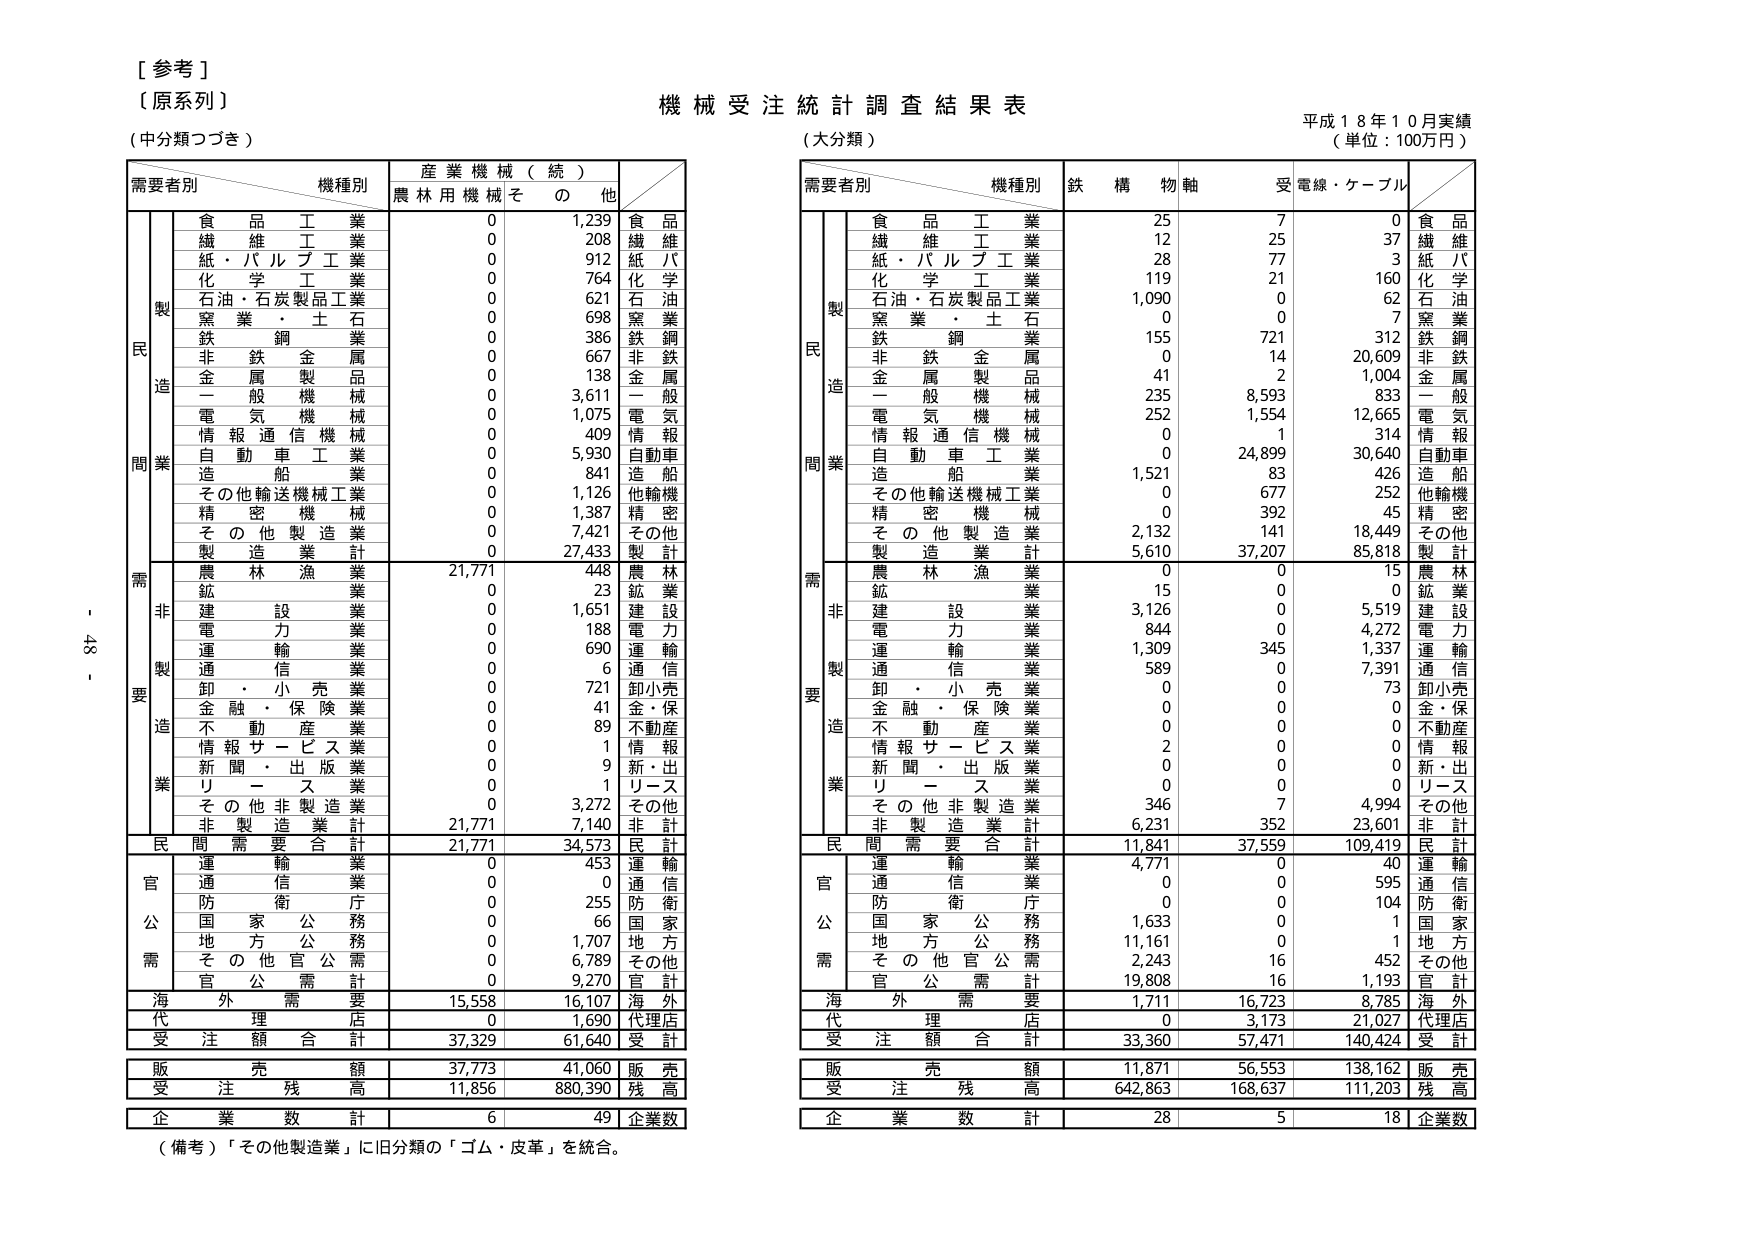
[参考]
（原系列）
（中分類つづき）

機械受注統計調査結果表
（大分類）
平成18年10月実績
（単位：100万円）

需要者別　機種別　産業機械（続）
　　　　　　　　　農林用機械　その他

　　　　食品工業　　　　　0　　　1,239　　食品
　　　　繊維工業　　　　　0　　　208　　繊維
　　　　紙・パルプ工業　　　0　　　912　　紙パ
　　　　化学工業　　　　　0　　　764　　化学
　　　　石油・石炭製品工業　0　　　621　　石油
　　　　窯業・土石　　　　0　　　698　　窯業
　　　　鉄鋼　　　　　　　0　　　386　　鉄鋼
　　　　非鉄金属　　　　　0　　　667　　非鉄
　　　　金属製品　　　　　0　　　138　　金属
　　　　一般機械　　　　　0　　　3,611　　一般
　　　　電気機械　　　　　0　　　1,075　　電気
　　　　情報通信機械　　　0　　　409　　情報
　　　　自動車工業　　　　0　　　5,930　　自動車
　　　　造船業　　　　　　0　　　841　　造船
　　　　その他輸送機械工業　0　　　1,126　　他輸機
　　　　精密機械　　　　　0　　　1,387　　精密
　　　　その他製造業　　　0　　　7,421　　その他
　　　　製造業計　　　　　0　　　27,433　　製計

　　　　農林漁業　　　　　21,771　　448　　農林
　　　　鉱業　　　　　　　0　　　23　　鉱業
　　　　建設業　　　　　　0　　　1,651　　建設
　　　　電力業　　　　　　0　　　188　　電力
　　　　運輸業　　　　　　0　　　690　　運輸
　　　　通信業　　　　　　0　　　6　　通信
　　　　卸・小売業　　　　0　　　721　　卸小売
　　　　金融・保険業　　　0　　　41　　金融
　　　　不動産業　　　　　0　　　89　　不動産
　　　　情報サービス業　　0　　　1　　情報
　　　　新聞・出版業　　　0　　　9　　新聞
　　　　リース業　　　　　0　　　1　　リース
　　　　その他非製造業　　0　　　3,272　　その他
　　　　非製造業計　　　　21,771　　7,140　　非計

　　　　民間需要合計　　　21,771　　34,573　　民計

　　　　運輸業　　　　　　0　　　453　　運輸
　　　　通信業　　　　　　0　　　0　　通信
　　　　防衛庁　　　　　　0　　　255　　防衛
　　　　国家公務　　　　　0　　　66　　国家
　　　　地方公務　　　　　0　　　1,707　　地方
　　　　その他官公需　　　0　　　6,789　　その他
　　　　官公需計　　　　　0　　　9,270　　官計

　　　　海外需要　　　　　15,558　　16,107　　海外
　　　　代理店　　　　　　0　　　1,690　　代理店
　　　　受注額合計　　　　37,329　　61,640　　受計

　　　　販売額　　　　　　37,773　　41,060　　販売
　　　　受注残高　　　　　11,856　　880,390　　残高

　　　　企業数計　　　　　6　　　49　　企業数

（備考）「その他製造業」に旧分類の「ゴム・皮革」を統合。

需要者別　機種別　鉄構物軸　受電線・ケーブル

　　　　食品工業　　　　　25　　　7　　　0　　食品
　　　　繊維工業　　　　　12　　　25　　　37　　繊維
　　　　紙・パルプ工業　　　28　　　77　　　3　　紙パ
　　　　化学工業　　　　　119　　　21　　　160　　化学
　　　　石油・石炭製品工業　1,090　　　0　　　62　　石油
　　　　窯業・土石　　　　0　　　0　　　7　　窯業
　　　　鉄鋼　　　　　　　155　　　721　　　312　　鉄鋼
　　　　非鉄金属　　　　　0　　　14　　　20,609　　非鉄
　　　　金属製品　　　　　41　　　2　　　1,004　　金属
　　　　一般機械　　　　　235　　　8,593　　　833　　一般
　　　　電気機械　　　　　252　　　1,554　　　12,665　　電気
　　　　情報通信機械　　　0　　　1　　　314　　情報
　　　　自動車工業　　　　0　　　24,899　　　30,640　　自動車
　　　　造船業　　　　　　1,521　　　83　　　426　　造船
　　　　その他輸送機械工業　0　　　677　　　252　　他輸機
　　　　精密機械　　　　　0　　　392　　　45　　精密
　　　　その他製造業　　　2,132　　　141　　　18,449　　その他
　　　　製造業計　　　　　5,610　　　37,207　　　85,818　　製計

　　　　農林漁業　　　　　0　　　0　　　15　　農林
　　　　鉱業　　　　　　　15　　　0　　　0　　鉱業
　　　　建設業　　　　　　3,126　　　0　　　5,519　　建設
　　　　電力業　　　　　　844　　　0　　　4,272　　電力
　　　　運輸業　　　　　　1,309　　　345　　　1,337　　運輸
　　　　通信業　　　　　　589　　　0　　　7,391　　通信
　　　　卸・小売業　　　　0　　　0　　　73　　卸小売
　　　　金融・保険業　　　0　　　0　　　0　　金融
　　　　不動産業　　　　　0　　　0　　　0　　不動産
　　　　情報サービス業　　2　　　0　　　0　　情報
　　　　新聞・出版業　　　0　　　0　　　0　　新聞
　　　　リース業　　　　　0　　　0　　　0　　リース
　　　　その他非製造業　　346　　　7　　　4,994　　その他
　　　　非製造業計　　　　6,231　　　352　　　23,601　　非計

　　　　民間需要合計　　　11,841　　　37,559　　　109,419　　民計

　　　　運輸業　　　　　　4,771　　　0　　　40　　運輸
　　　　通信業　　　　　　0　　　0　　　595　　通信
　　　　防衛庁　　　　　　0　　　0　　　104　　防衛
　　　　国家公務　　　　　1,633　　　0　　　1　　国家
　　　　地方公務　　　　　11,161　　　0　　　1　　地方
　　　　その他官公需　　　2,243　　　16　　　452　　その他
　　　　官公需計　　　　　19,808　　　16　　　1,193　　官計

　　　　海外需要　　　　　1,711　　　16,723　　　8,785　　海外
　　　　代理店　　　　　　0　　　3,173　　　21,027　　代理店
　　　　受注額合計　　　　33,360　　　57,471　　　140,424　　受計

　　　　販売額　　　　　　11,871　　　56,553　　　138,162　　販売
　　　　受注残高　　　　　642,863　　　168,637　　　111,203　　残高

　　　　企業数計　　　　　28　　　5　　　18　　企業数

- 43 -